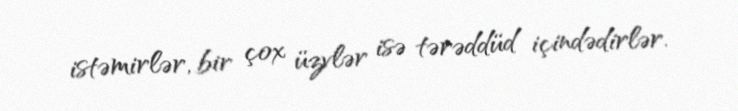
istəmirlər, bir çox üzvlər isə tərəddüd içindədirlər.